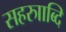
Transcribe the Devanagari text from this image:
सहरुााब्दि